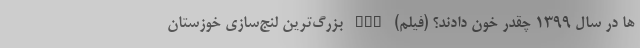
ها در سال 1399 چقدر خون دادند؟ (فیلم) nan بزرگ‌ترین لنج‌سازی خوزستان